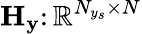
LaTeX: \mathbf{H}_{\mathbf{y}}\colon\mathbb{R}^{N_{y_{s}}\times N}